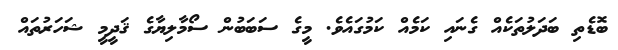
ބޮޑެތި ބަދަލުތަކެއް ގެނައި ކަމެއް ކަމުގައެވެ. މީގެ ސަބަބުން ސޯމާލިޔާގެ ޤަދީމީ ޝަހަރުތައް